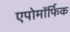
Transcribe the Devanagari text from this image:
एपोमॉर्फिक